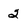
Character: 2